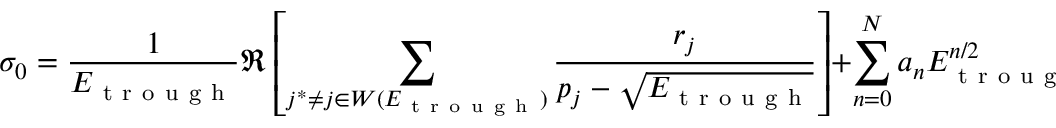
\sigma _ { 0 } = \frac { 1 } { E _ { \mathrm { ~ t ~ r ~ o ~ u ~ g ~ h ~ } } } \Re \left[ \sum _ { j ^ { * } \neq j \in W ( E _ { \mathrm { ~ t ~ r ~ o ~ u ~ g ~ h ~ } } ) } \frac { r _ { j } } { p _ { j } - \sqrt { E _ { \mathrm { ~ t ~ r ~ o ~ u ~ g ~ h ~ } } } } \right] + \sum _ { n = 0 } ^ { N } a _ { n } E _ { \mathrm { ~ t ~ r ~ o ~ u ~ g ~ h ~ } } ^ { n / 2 }